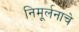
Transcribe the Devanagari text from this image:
निमूर्लनाचे